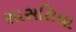
સાસતિયા